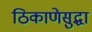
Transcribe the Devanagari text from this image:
ठिकाणेसुद्धा